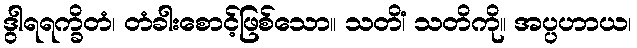
ဒွါရရက္ခိတံ၊ တံခါးစောင့်ဖြစ်သော။ သတိံ၊ သတိကို။ အပ္ပဟာယ၊